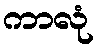
ကာလုံ